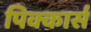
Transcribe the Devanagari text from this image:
पिक्कार्स